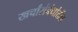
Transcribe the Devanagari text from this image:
खर्चांसंबंधांतील